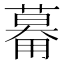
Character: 𱰠